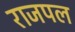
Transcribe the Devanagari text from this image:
राजपल